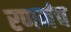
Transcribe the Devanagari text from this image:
रणमंच